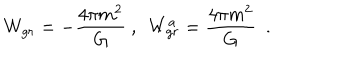
W _ { g r } ^ { } = - { \frac { 4 \pi m ^ { 2 } } { G } } ~ , ~ ~ W _ { g r } ^ { a } = { \frac { 4 \pi m ^ { 2 } } { G } } ~ ~ .